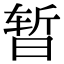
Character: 暂